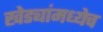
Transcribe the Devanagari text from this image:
खेड्यांमध्येच